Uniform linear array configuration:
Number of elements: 4
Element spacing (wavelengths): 0.5
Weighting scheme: cosine
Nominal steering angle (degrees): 30
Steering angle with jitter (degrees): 28.385
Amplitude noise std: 0.05
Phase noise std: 0.05

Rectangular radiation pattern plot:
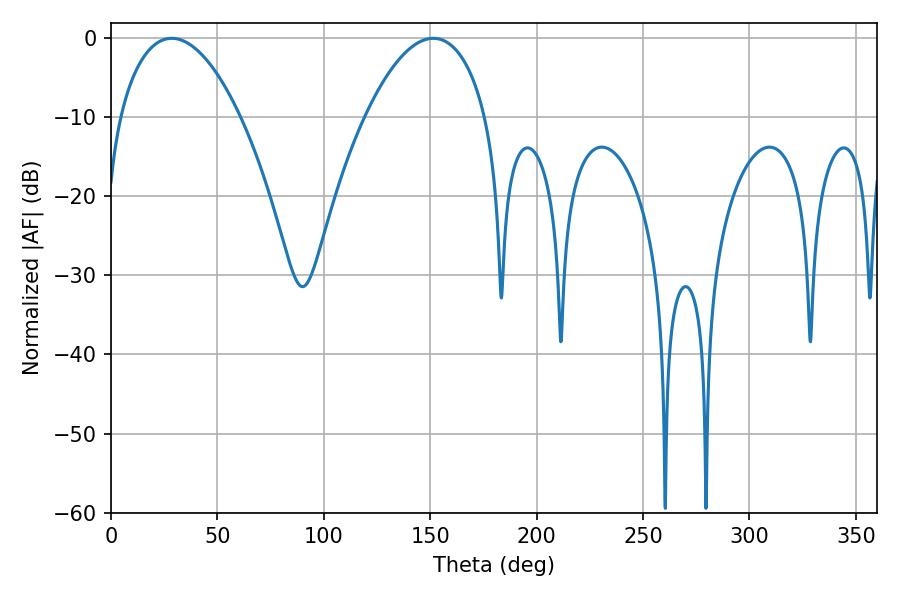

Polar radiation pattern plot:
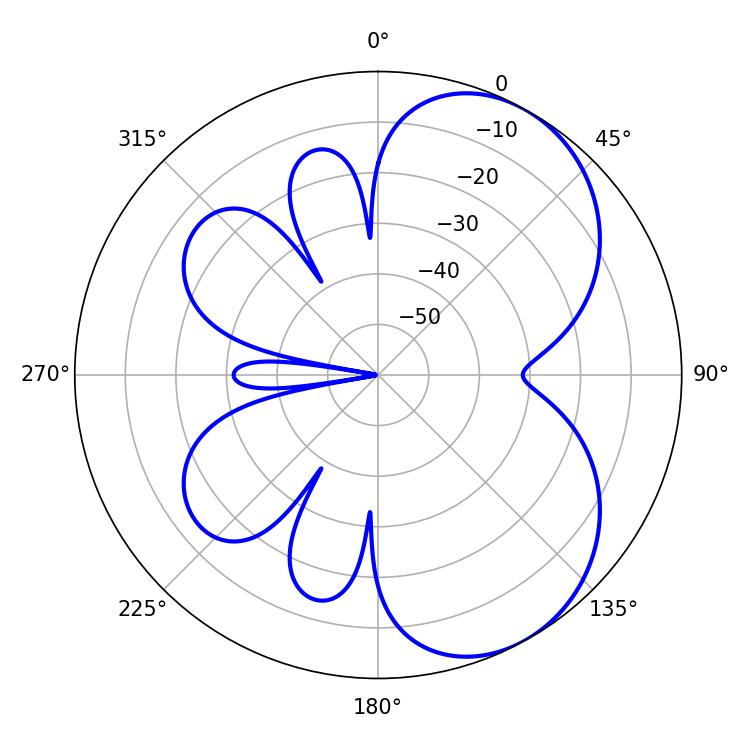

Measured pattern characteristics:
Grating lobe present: FALSE
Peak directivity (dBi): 5.553
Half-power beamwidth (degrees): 31.86
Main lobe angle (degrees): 28.62